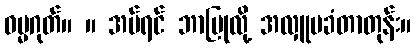
ဓမ္မဂုတ်။ ။ အပ်ရင် ဘာပြုလို့ အလှူမခံတာတုန်း။